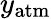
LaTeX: y_{\mathrm{atm}}